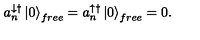
a _ { n } ^ { \downarrow \dagger } \left| 0 \right\rangle _ { f r e e } = a _ { n } ^ { \uparrow \dagger } \left| 0 \right\rangle _ { f r e e } = 0 .